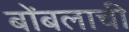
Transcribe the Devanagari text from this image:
बोंबलाची